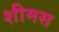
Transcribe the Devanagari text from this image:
शीमस